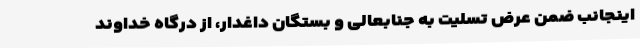
اینجانب ضمن عرض تسلیت به جنابعالی و بستگان داغدار، از درگاه خداوند